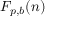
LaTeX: F _ { p , b } ( n )